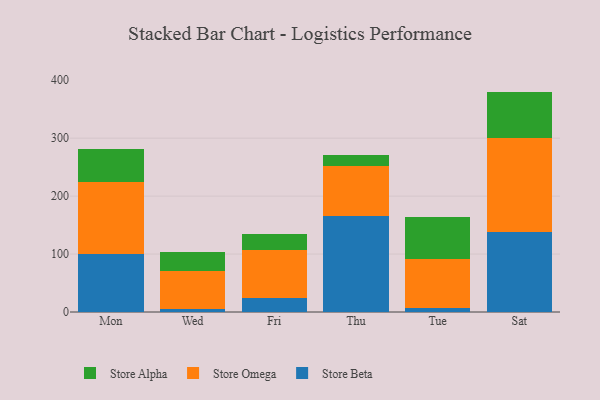
{"axis": {"x": "Day", "y": "Customer Acquisition Cost (USD)"}, "legend": ["Store Alpha", "Store Beta", "Store Omega"], "data": [{"x": "Mon", "y": 100.8, "type": "Store Beta"}, {"x": "Mon", "y": 123.3, "type": "Store Omega"}, {"x": "Mon", "y": 56.7, "type": "Store Alpha"}, {"x": "Wed", "y": 5.5, "type": "Store Beta"}, {"x": "Wed", "y": 65.1, "type": "Store Omega"}, {"x": "Wed", "y": 32.3, "type": "Store Alpha"}, {"x": "Fri", "y": 24.2, "type": "Store Beta"}, {"x": "Fri", "y": 82.2, "type": "Store Omega"}, {"x": "Fri", "y": 27.5, "type": "Store Alpha"}, {"x": "Thu", "y": 165.6, "type": "Store Beta"}, {"x": "Thu", "y": 86.6, "type": "Store Omega"}, {"x": "Thu", "y": 19.1, "type": "Store Alpha"}, {"x": "Tue", "y": 6.5, "type": "Store Beta"}, {"x": "Tue", "y": 84.3, "type": "Store Omega"}, {"x": "Tue", "y": 73.4, "type": "Store Alpha"}, {"x": "Sat", "y": 138.3, "type": "Store Beta"}, {"x": "Sat", "y": 162.2, "type": "Store Omega"}, {"x": "Sat", "y": 79.9, "type": "Store Alpha"}]}